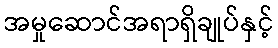
အမှုဆောင်အရာရှိချုပ်နှင့်